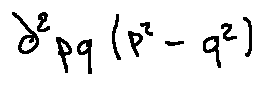
d ^ { 2 } p q ( p ^ { 2 } - q ^ { 2 } )